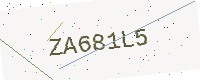
Text: ZA681L5